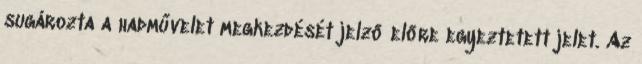
sugározta a hadművelet megkezdését jelző előre egyeztetett jelet. Az